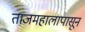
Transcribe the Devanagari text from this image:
ताजमहालापासून